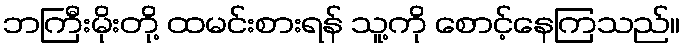
ဘကြီးမိုးတို့ ထမင်းစားရန် သူ့ကို စောင့်နေကြသည်။